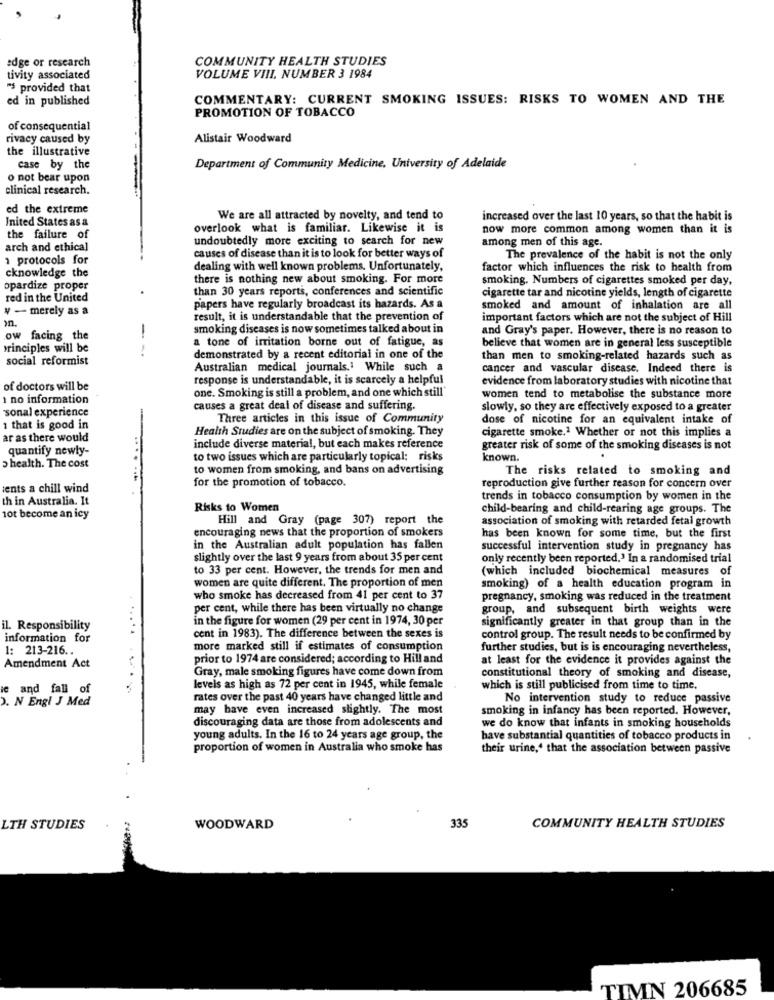
edge or research
COMMUNITY HEALTH STUDIES
tivity associated
VOLUME VIII. NUMBER 3 1984
"$ provided that
ed in published
COMMENTARY: CURRENT SMOKING ISSUES: RISKS TO WOMEN AND THE
PROMOTION OF TOBACCO
of consequential
rivacy caused by
Alistair Woodward
the illustrative
case by the
Department of Community Medicine, University of Adelaide
o not bear upon
clinical research.
ed the extreme
Inited States as a
We are all attracted by novelty, and tend to
increased over the last 10 years, so that the habit is
overlook what is familiar. Likewise it is
now more common among women than it is
the failure of
undoubtedly more exciting to search for new
among men of this age.
arch and ethical
1 protocols for
causes of disease than it is to look for better ways of
The prevalence of the habit is not the only
cknowledge the
dealing with well known problems. Unfortunately,
factor which influences the risk to health from
there is nothing new about smoking. For more
smoking. Numbers of cigarettes smoked per day,
opardize proper
than 30 years reports, conferences and scientific
red in the United
cigarette tar and nicotine yields, length of cigarette
4 - merely as a
papers have regularly broadcast its hazards. As a
smoked and amount of inhalation are all
result, it is understandable that the prevention of
important factors which are not the subject of Hill
smoking diseases is now sometimes talked about in
and Gray's paper. However, there is no reason to
ow facing the
a tone of irritation borne out of fatigue, as
principles will be
- -
believe that women are in general less susceptible
social reformist
demonstrated by a recent editorial in one of the
than men to smoking-related hazards such as
Australian medical journals.' While such a
cancer and vascular disease, Indeed there is
response is understandable, it is scarcely a helpful
evidence from laboratory studies with nicotine that
of doctors will be
one. Smoking is still a problem, and one which still'
no information
women tend to metabolise the substance more
sonal experience
causes a great deal of disease and suffering.
slowly, so they are effectively exposed to a greater
Three articles in this issue of Community
dose of nicotine for an equivalent intake of
that is good in
Health Studies are on the subject of smoking. They
cigarette smoke.1 Whether or not this implies a
ar as there would
quantify newly-
.. .
include diverse material, but each makes reference
greater risk of some of the smoking diseases is not
to two issues which are particularly topical: risks
known.
> health. The cost
to women from smoking, and bans on advertising
The risks related to smoking and
for the promotion of tobacco.
ients a chill wind
reproduction give further reason for concern over
th in Australia. It
trends in tobacco consumption by women in the
Risks to Women
child-bearing and child-rearing age groups. The
10t become an icy
Hill and Gray (page 307) report the
association of smoking with retarded fetal growth
encouraging news that the proportion of smokers
has been known for some time, but the first
in the Australian adult population has fallen
successful intervention study in pregnancy has
slightly over the last 9 years from about 35 per cent
only recently been reported.' In a randomised trial
to 33 per cent. However, the trends for men and
(which included biochemical measures of
women are quite different. The proportion of men
smoking) of a health education program in
who smoke has decreased from 41 per cent to 37
pregnancy, smoking was reduced in the treatment
per cent, while there has been virtually no change
group, and subsequent birth weights were
in the figure for women (29 per cent in 1974, 30 per
significantly greater in that group than in the
il. Responsibility
information for
cent in 1983). The difference between the sexes is
control group. The result needs to be confirmed by
1: 213-216 ..
more marked still if estimates of consumption
further studies, but is is encouraging nevertheless,
Amendment Act
prior to 1974 are considered; according to Hill and
at least for the evidence it provides against the
Gray, male smoking figures have come down from
constitutional theory of smoking and disease,
ie and fall of
levels as high as 72 per cent in 1945, while female
which is still publicised from time to time.
). N Engl J Med
rates over the past 40 years have changed little and
No intervention study to reduce passive
may have even increased slightly. The most
smoking in infancy has been reported. However,
discouraging data are those from adolescents and
we do know that infants in smoking households
young adults. In the 16 to 24 years age group, the
have substantial quantities of tobacco products in
proportion of women in Australia who smoke has
their urine,' that the association between passive
335
LTH STUDIES
WOODWARD
COMMUNITY HEALTH STUDIES
TIMN 206685